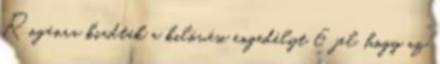
Rogánra kiadták a kilövési engedélyt 6 jel, hogy az